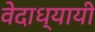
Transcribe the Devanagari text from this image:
वेदाध्यायी